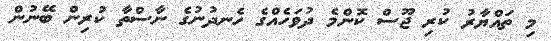
މި ތައްޔާރު ކުރި ޖޫސް ކޮންމެ ދުވަހެއްގެ ހެނދުނުގެ ނާސްތާ ކުރިން ބޭނުން